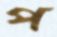
প